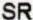
SR